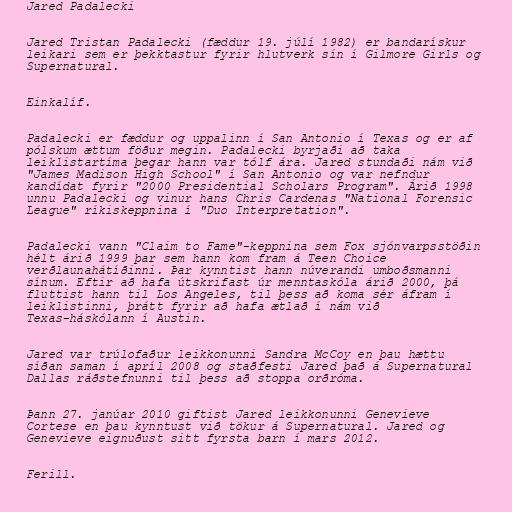
Jared Padalecki

Jared Tristan Padalecki (fæddur 19. júlí 1982) er bandarískur
leikari sem er þekktastur fyrir hlutverk sín í Gilmore Girls og
Supernatural.

Einkalíf.

Padalecki er fæddur og uppalinn í San Antonio í Texas og er af
pólskum ættum föður megin. Padalecki byrjaði að taka
leiklistartíma þegar hann var tólf ára. Jared stundaði nám við
"James Madison High School" í San Antonio og var nefndur
kandídat fyrir "2000 Presidential Scholars Program". Árið 1998
unnu Padalecki og vinur hans Chris Cardenas "National Forensic
League" ríkiskeppnina í "Duo Interpretation".

Padalecki vann "Claim to Fame"-keppnina sem Fox sjónvarpsstöðin
hélt árið 1999 þar sem hann kom fram á Teen Choice
verðlaunahátíðinni. Þar kynntist hann núverandi umboðsmanni
sínum. Eftir að hafa útskrifast úr menntaskóla árið 2000, þá
fluttist hann til Los Angeles, til þess að koma sér áfram í
leiklistinni, þrátt fyrir að hafa ætlað í nám við
Texas-háskólann í Austin.

Jared var trúlofaður leikkonunni Sandra McCoy en þau hættu
síðan saman í apríl 2008 og staðfesti Jared það á Supernatural
Dallas ráðstefnunni til þess að stoppa orðróma.

Þann 27. janúar 2010 giftist Jared leikkonunni Genevieve
Cortese en þau kynntust við tökur á Supernatural. Jared og
Genevieve eignuðust sitt fyrsta barn í mars 2012.

Ferill.